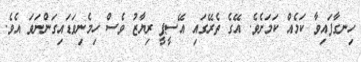
ހިނގާފައިވާ ކަމެއް ކަމަށެވެ. އޭގެ ތެރޭގައި އޭސީޕީ ރިޔާޒު ވެސް ހިމެނިވަޑައިގަންނަވަ އެވެ.